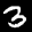
Label: 3